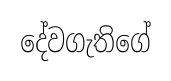
දේවගැතිගේ